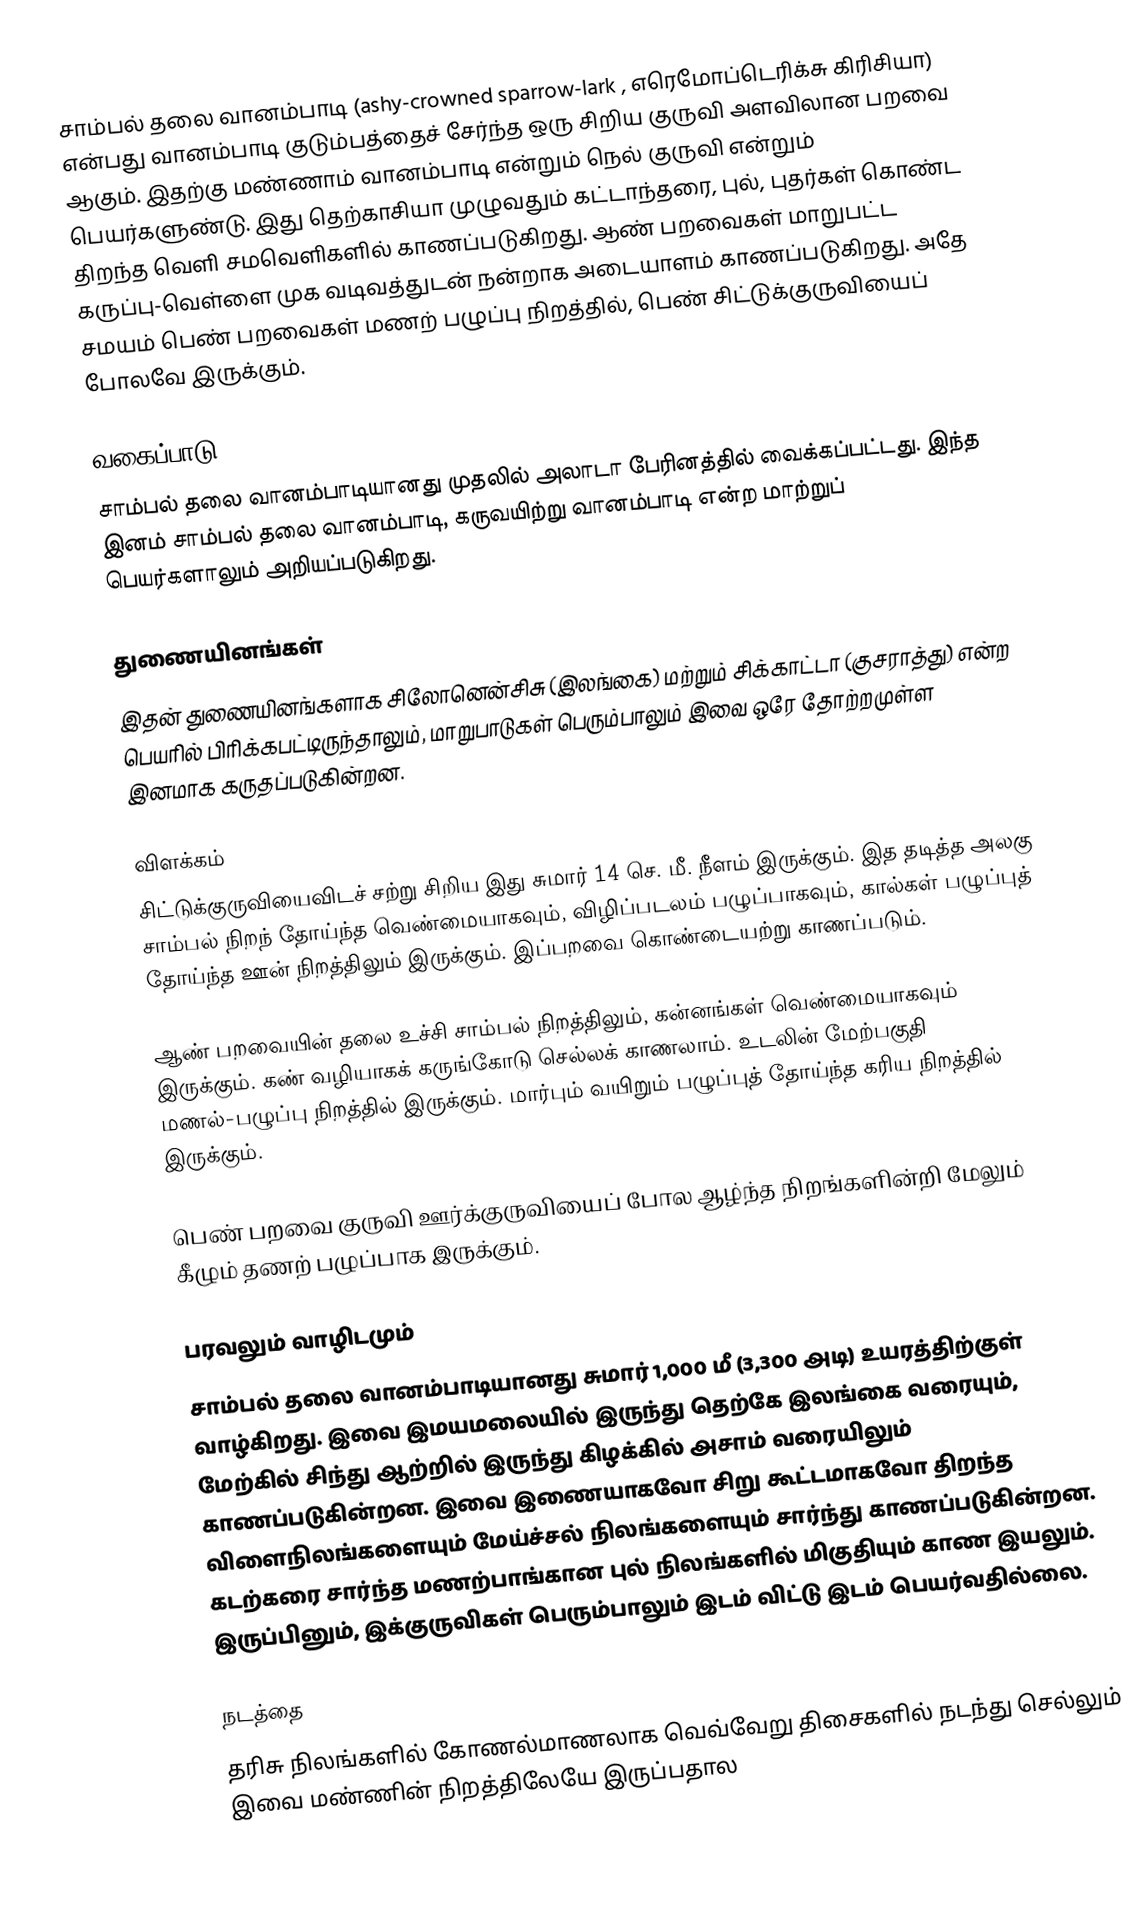
சாம்பல் தலை வானம்பாடி (ashy-crowned sparrow-lark , எரெமோப்டெரிக்சு கிரிசியா) என்பது வானம்பாடி குடும்பத்தைச் சேர்ந்த ஒரு சிறிய குருவி அளவிலான பறவை ஆகும். இதற்கு மண்ணாம் வானம்பாடி என்றும் நெல் குருவி என்றும் பெயர்களுண்டு. இது தெற்காசியா முழுவதும் கட்டாந்தரை, புல், புதர்கள் கொண்ட திறந்த வெளி சமவெளிகளில் காணப்படுகிறது. ஆண் பறவைகள் மாறுபட்ட கருப்பு-வெள்ளை முக வடிவத்துடன் நன்றாக அடையாளம் காணப்படுகிறது. அதே சமயம் பெண் பறவைகள் மணற் பழுப்பு நிறத்தில், பெண் சிட்டுக்குருவியைப் போலவே இருக்கும்.

வகைப்பாடு
சாம்பல் தலை வானம்பாடியானது முதலில் அலாடா பேரினத்தில் வைக்கப்பட்டது.  இந்த இனம் சாம்பல் தலை வானம்பாடி, கருவயிற்று வானம்பாடி என்ற மாற்றுப் பெயர்களாலும் அறியப்படுகிறது.

துணையினங்கள்
இதன் துணையினங்களாக சிலோனென்சிசு (இலங்கை) மற்றும் சிக்காட்டா (குசராத்து) என்ற பெயரில் பிரிக்கபட்டிருந்தாலும், மாறுபாடுகள் பெரும்பாலும் இவை ஒரே தோற்றமுள்ள இனமாக கருதப்படுகின்றன.

விளக்கம்
சிட்டுக்குருவியைவிடச் சற்று சிறிய இது சுமார் 14 செ. மீ. நீளம் இருக்கும். இத தடித்த அலகு சாம்பல் நிறந் தோய்ந்த வெண்மையாகவும், விழிப்படலம் பழுப்பாகவும், கால்கள் பழுப்புத் தோய்ந்த ஊன் நிறத்திலும் இருக்கும். இப்பறவை கொண்டையற்று காணப்படும்.

ஆண் பறவையின் தலை உச்சி சாம்பல் நிறத்திலும், கன்னங்கள் வெண்மையாகவும் இருக்கும். கண் வழியாகக் கருங்கோடு செல்லக் காணலாம். உடலின் மேற்பகுதி மணல்-பழுப்பு நிறத்தில் இருக்கும். மார்பும் வயிறும் பழுப்புத் தோய்ந்த கரிய நிறத்தில் இருக்கும்.

பெண் பறவை குருவி ஊர்க்குருவியைப் போல ஆழ்ந்த நிறங்களின்றி மேலும் கீழும் தணற் பழுப்பாக இருக்கும்.

பரவலும் வாழிடமும்
சாம்பல் தலை வானம்பாடியானது சுமார் 1,000 மீ (3,300 அடி) உயரத்திற்குள் வாழ்கிறது. இவை இமயமலையில் இருந்து தெற்கே இலங்கை வரையும், மேற்கில் சிந்து ஆற்றில் இருந்து கிழக்கில் அசாம் வரையிலும் காணப்படுகின்றன. இவை இணையாகவோ சிறு கூட்டமாகவோ திறந்த விளைநிலங்களையும் மேய்ச்சல் நிலங்களையும் சார்ந்து காணப்படுகின்றன. கடற்கரை சார்ந்த மணற்பாங்கான புல் நிலங்களில் மிகுதியும் காண இயலும்.  இருப்பினும், இக்குருவிகள் பெரும்பாலும் இடம் விட்டு இடம் பெயர்வதில்லை.

நடத்தை
தரிசு நிலங்களில் கோணல்மாணலாக வெவ்வேறு திசைகளில் நடந்து செல்லும் இவை மண்ணின் நிறத்திலேயே இருப்பதால